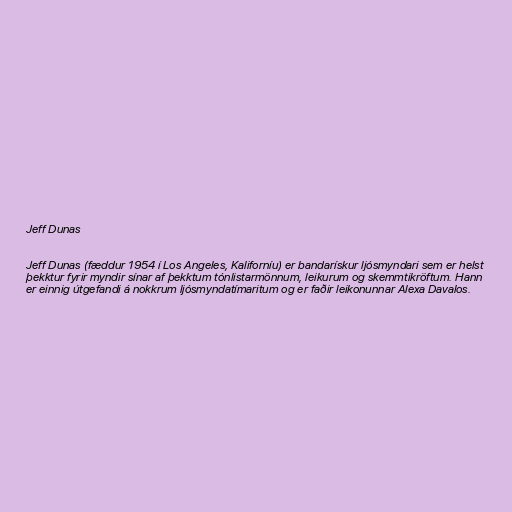
Jeff Dunas

Jeff Dunas (fæddur 1954 í Los Angeles, Kaliforníu) er bandarískur ljósmyndari sem er helst
þekktur fyrir myndir sínar af þekktum tónlistarmönnum, leikurum og skemmtikröftum. Hann
er einnig útgefandi á nokkrum ljósmyndatímaritum og er faðir leikonunnar Alexa Davalos.